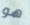
هو